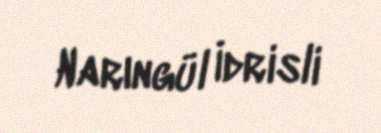
Narıngül İdrisli